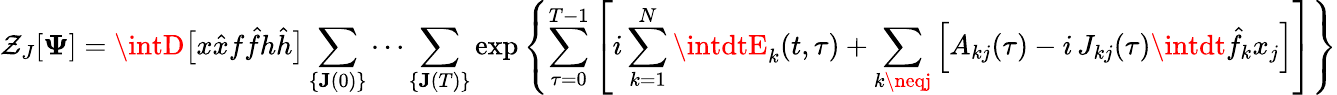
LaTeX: \mathcal{Z}_{J}[\mathbf{{\Psi}}]=\intD\big[x\hat{{x}}f\hat{{f}}h\hat{{h}}\big]\sum_{\{ \mathbf{{J}}(0)\} }\cdots\sum_{\{ \mathbf{{J}}(T)\} }\exp\left\{ \sum_{\tau=0}^{T-1}\left[i\sum_{k=1}^{N}\intdtE_{k}(t,\tau)+\sum_{k\neqj}\Big[A_{kj}(\tau)-i\, J_{kj}(\tau)\intdt\hat{{f}}_{k}x_{j}\Big]\right]\right\}